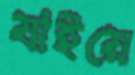
যাইয়ে